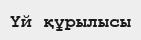
Үй құрылысы